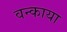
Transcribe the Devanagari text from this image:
वन्काया